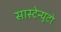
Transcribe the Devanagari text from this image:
सास्टेन्यूटो